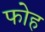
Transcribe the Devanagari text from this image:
फोह